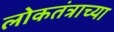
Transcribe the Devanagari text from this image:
लोकतंत्राच्या